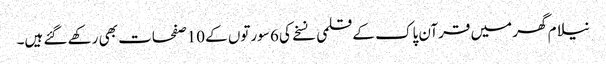
نیلام گھر میں قرآن پاک کے قلمی نسخے کی 6 سورتوں کے 10صفحات بھی رکھے گئے ہیں۔